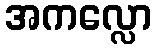
အကလ္လော